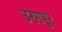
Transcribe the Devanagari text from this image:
उरगपुर